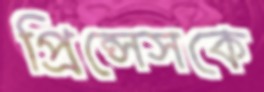
প্রিন্সেসকে